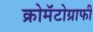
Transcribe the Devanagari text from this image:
क्रोमॅटोग्राफी